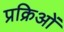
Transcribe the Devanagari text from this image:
प्रक्रिओं